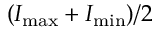
( I _ { \mathrm { m a x } } + I _ { \mathrm { m i n } } ) / 2